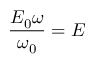
\frac { E _ { 0 } \omega } { \omega _ { 0 } } = E